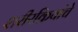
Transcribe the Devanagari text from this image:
शरीरक्रियांचे